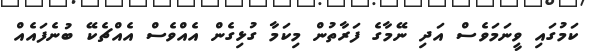
ކަމުގައި ވީނަމަވެސް އަދި ނޭމާގެ ފަރާތުން މިކަމާ ގުޅިގެން އެއްވެސް އެއްޗެކޭ ބުނެފައެއް